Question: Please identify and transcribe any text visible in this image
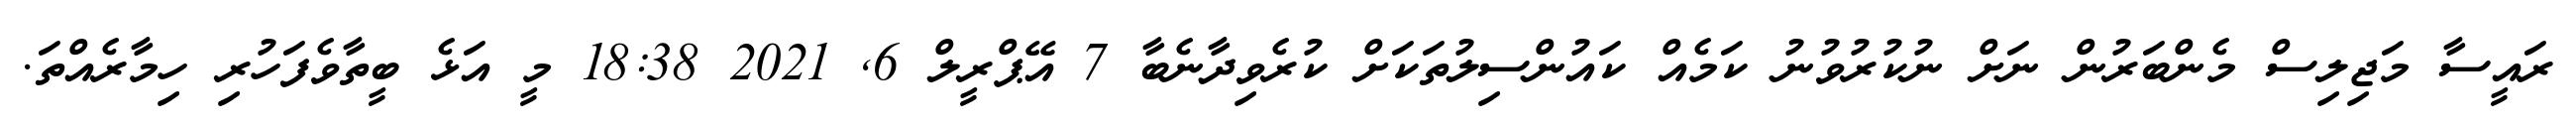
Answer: ރައީސާ މަޖިލިސް މެންބަރުން ނަށް ނުކުރުވުނު ކަމެއް ކައުންސިލުތަކަށް ކުރެވިދާނެބާ 7 އޭޕްރީލް 6, 2021 18:38 މީ އަޅެ ބީތާވެފަހުރި ހިމާރެއްތަ.